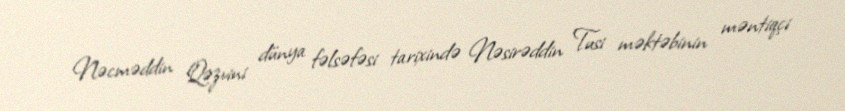
Nəcməddin Qəzvini dünya fəlsəfəsi tarixində Nəsirəddin Tusi məktəbinin məntiqçi